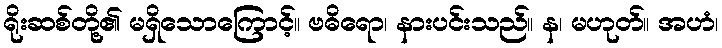
ရိုးဆစ်တို့၏ မရှိသောကြောင့်။ ဗဓိရော၊ နားပင်းသည်။ န၊ မဟုတ်။ အဟံ၊